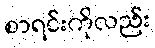
စာရင်းကိုလည်း